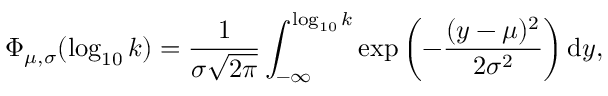
\Phi _ { \mu , \sigma } ( \log _ { 1 0 } k ) = \frac { 1 } { \sigma \sqrt { 2 \pi } } \int _ { - \infty } ^ { \log _ { 1 0 } k } \exp \left( - \frac { ( y - \mu ) ^ { 2 } } { 2 \sigma ^ { 2 } } \right) \mathrm { d } y ,